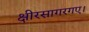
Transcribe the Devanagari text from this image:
क्षीरसागरगए।